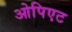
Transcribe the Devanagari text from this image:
ओपिएट